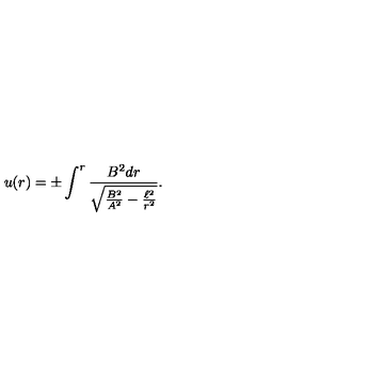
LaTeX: u ( r ) = \pm \int ^ { r } \frac { B ^ { 2 } d r } { \sqrt { \frac { B ^ { 2 } } { A ^ { 2 } } - \frac { \ell ^ { 2 } } { r ^ { 2 } } } } .